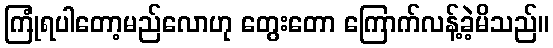
ကြုံရပါတော့မည်လောဟု တွေးတော ကြောက်လန့်ခဲ့မိသည်။